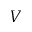
V